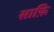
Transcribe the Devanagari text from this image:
साफ़ि